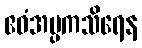
ဧဝံအပ္ပကသိရေန